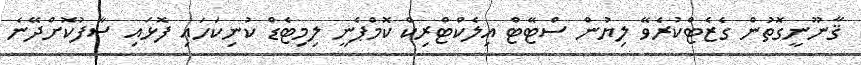
ޤާނޫނީގޮތުން ގެޒެޓްކުރެވޭ ލިޔުން ސްޓޭޓް އިލެކްޓްރިކް ކޮމްޕެނީ ލިމިޓެޑް ކުނިކަހައި ފޮޅައި ސާފުކޮށްދޭނެ